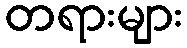
တရားများ